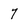
Character: 7